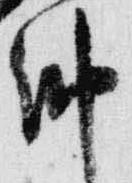
納